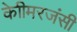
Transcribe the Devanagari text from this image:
केाीमरजंसी